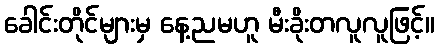
ခေါင်းတိုင်များမှ နေ့ညမဟူ မီးခိုးတလူလူဖြင့်။